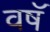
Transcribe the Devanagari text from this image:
वषॅ